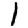
Digit: 1